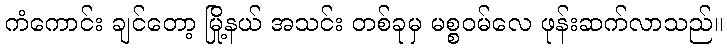
ကံကောင်း ချင်တော့ မြို့နယ် အသင်း တစ်ခုမှ မစ္စဝမ်လေ ဖုန်းဆက်လာသည်။